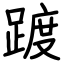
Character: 踱